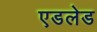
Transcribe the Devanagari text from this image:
एडलेड